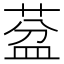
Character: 葐